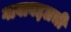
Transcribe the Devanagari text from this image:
गावाबद्दलची